Tezpur Lunatic Asylum reports 1877-1894 - 1877-1894
Year: 1877
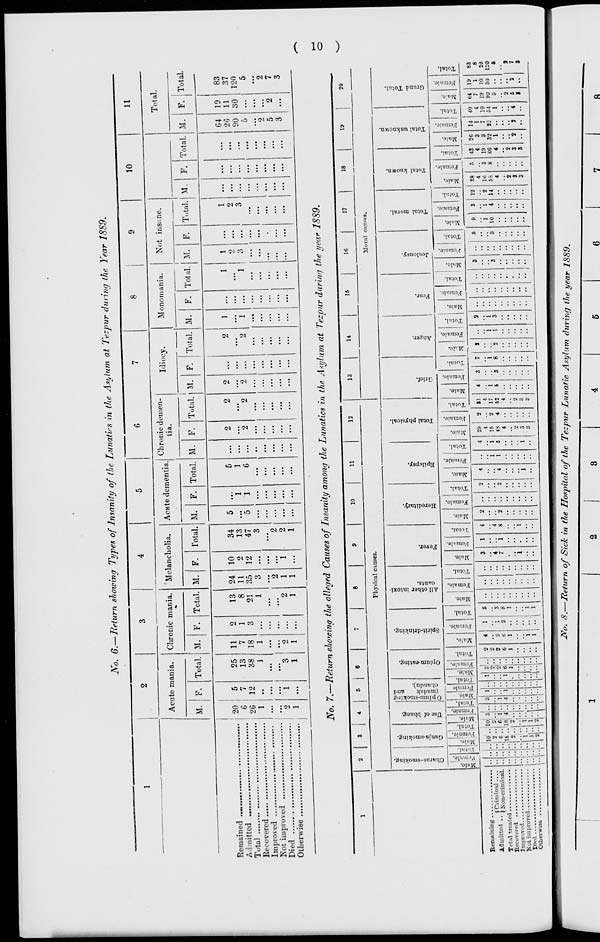
No. 6.—Return showing Types of Insanity of the Lunatics in the Asylum at Tezpur during the Year 1889.
10
Acute mania.
M. F. Total.
Chronic mania.
M. F. Total.
Melancholia.
Acute dementia. Chn tnic c
tia.
emen-
Idiocy.
M. F. Total. M. 1 F. Total. M. F. Total. M. F. Total.
Remained
Admitted
Total
Recovered
Improved
Not improved ....
Died
Otherwise
,
20
5
25 11
2
13
G
7
13
7
1
8
2G 12
38 18
3
21
1 ..
1
1 ...
1
...
...
...
...
...
...
...
...
...
...
2
1
3
2
2
1 ...
1
1 ...
1
Monomania.
Not insane.
M.
Total. M F.
24 10
34
5
5
2
2
2
2
1
1
11
2
13
1
1
...
35 12
47
5
1
6 ...
2
2
2 ...
2
1
..
1
3 ...
3 ... ...
...
...
...
...
...
...
...
••
...
2 ...
2 ... ...
...
...
...
...
...
...
...
...
..
...
1
1
2 ... ...
...
...
...
...
...
...
...
...
• •
...
1 ...
1 ... ...
...
...
...
...
...
••
...
Total. M
i
F. Total. M.
11
Total.
F. I Total.
1
G4 19
2
26 11
3
90 30
. .
0
...
• •
2
5
2
• .
3 ...
83
37
120
5
**2
7
3
Eetnaining
Admitted .
Tctal treated
Becovcred
be
2 o
3
<J
a £
No. 7.—Return showing the alleged Causes of Insanity among the Lunatics in the Asylum at Tezpur during the year 1889.
10
11
12
Physical causes.
13
14
15
16
17
Moral causes.
tc-s
bo
c
a
o
to
c
a
a
a
ja
VM'S
d
a
B
d
"8
5-5 =
a
5
" H 5 i
.5
S-'-"
o
P
c
to
c
□
CO
5i
o
fa
a
a.
a.
"a
o
03
O
to
c
fa
►-5
o
5
o
H
18
a
* o a
3
gigs
o I
5 £ - "•
a
"
—
"3
1
"5
|
fa.
o
3
3 fa
o3
.
c3
3
ci
o
=i
2 o 3 ,3
*•
a fa EH a fa H
I 3 3
fa ' H
o
fa i H
3 . o
^ | fa
19
o
a
c
3
"5
a
H
20
o
a
3
5
! Criminal
Non-criminal.
Improved
Uot improved.
Died
Otherwise ...
10 ..10 S
2 ..i S..
6 .. 6| 1
18 .. 18| 4
2.. 2
t!
17
62
i
VI S8
4
lt>
58
4
■13
4
10
66
4
2r',
3
3
1
14
1
7
2.
40
4
10
54
1
64
7
19
19
1
10
30
83
8
29
1£0
6
1
&o. 8.—Return of Sick in the Hospital of the Tezpur Lun
pur Lunatic Asylum during the year 1889.
8
6